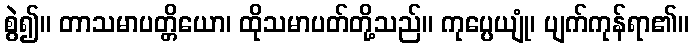
စွဲ၍။ တာသမာပတ္တိယော၊ ထိုသမာပတ်တို့သည်။ ကုပ္ပေယျုံ၊ ပျက်ကုန်ရာ၏။